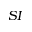
S I